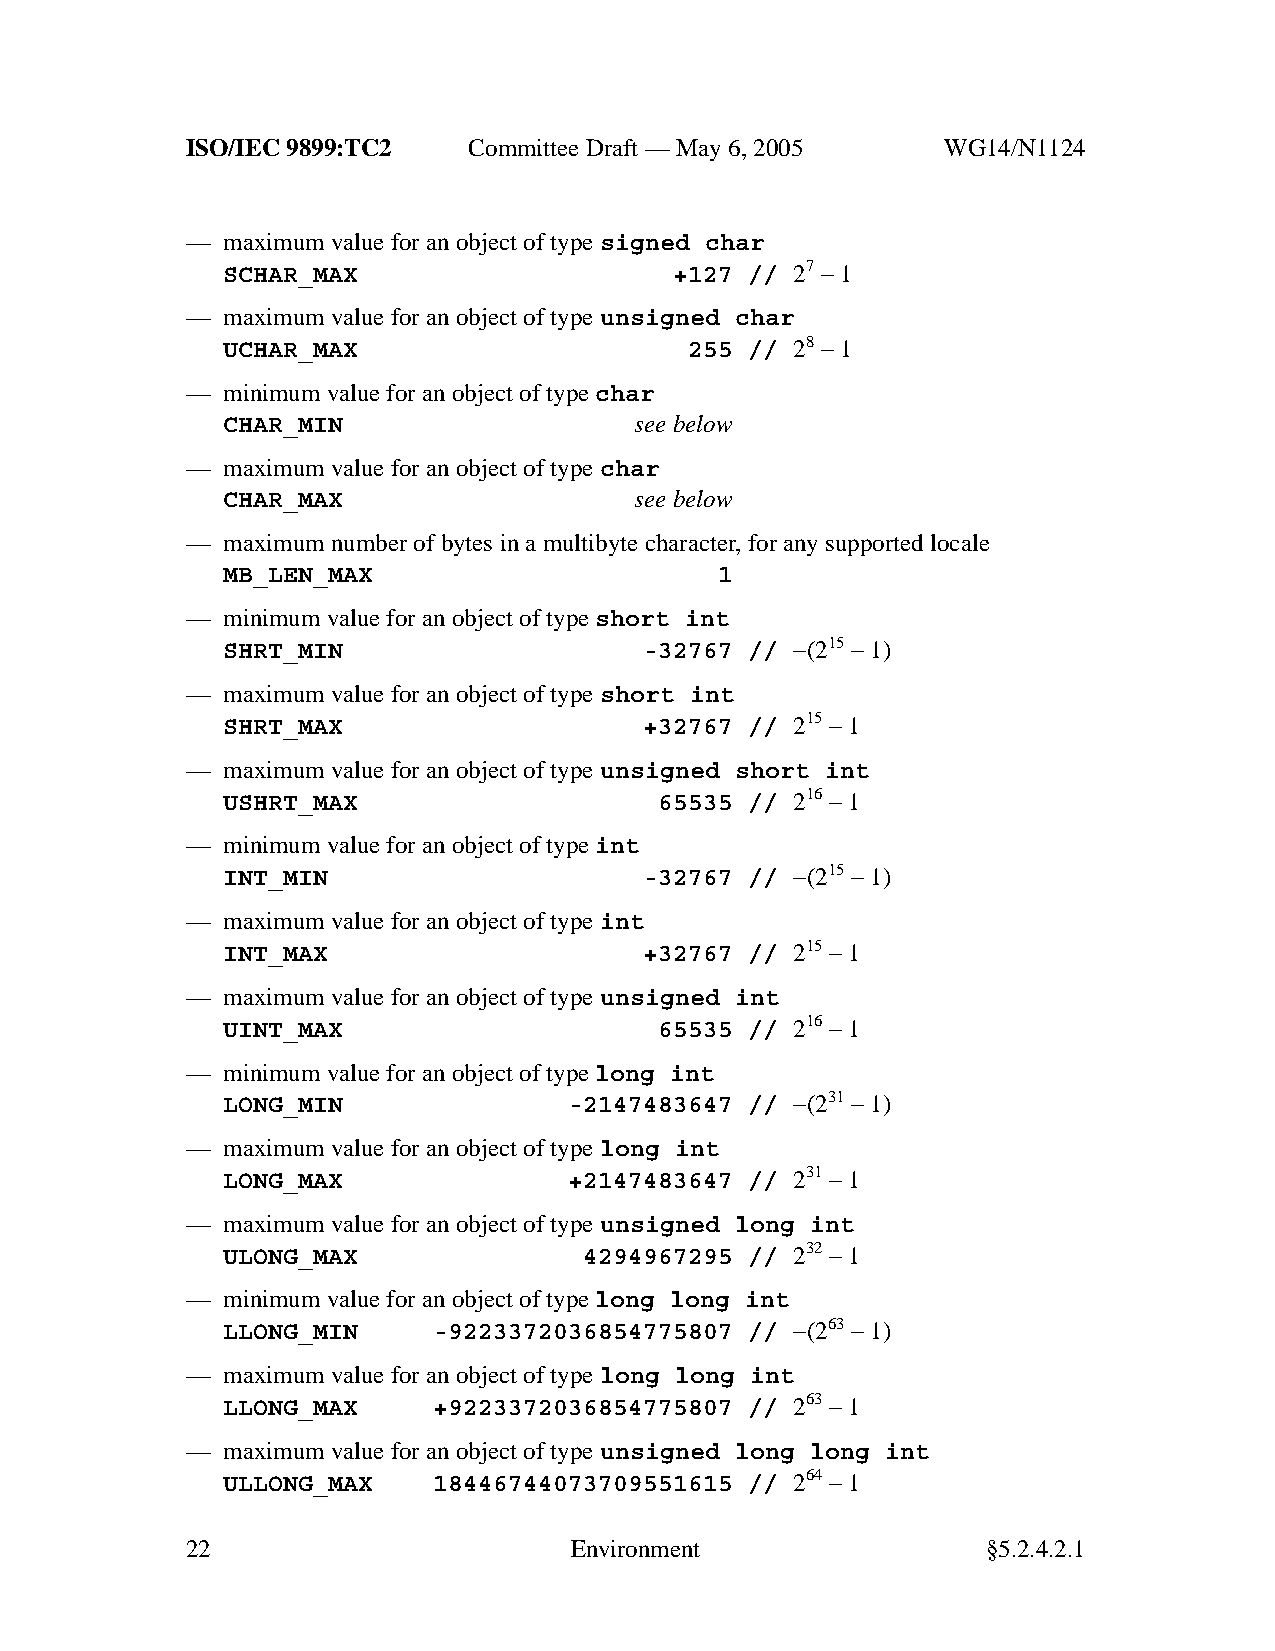
ISO/IEC 9899:TC2   Committee Draft — May 6, 2005   WG14/N1124
 —  maximum value for an object of typesigned char
 SCHAR_MAX                     +127 // 27 −1
 —  maximum value for an object of typeunsigned char
 UCHAR_MAX                      255 // 28 −1
 —  minimum value for an object of typechar
 CHAR_MIN                   see below
 —  maximum value for an object of typechar
 CHAR_MAX                   see below
 —  maximum number of bytes in a multibyte character,for anysupported locale
 MB_LEN_MAX                       1
 —  minimum value for an object of typeshort int
 SHRT_MIN                    -32767 // −(215 −1)
 —  maximum value for an object of typeshort int
 SHRT_MAX                    +32767 // 215 −1
 —  maximum value for an object of typeunsigned short int
 USHRT_MAX                    65535 // 216 −1
 —  minimum value for an object of typeint
 INT_MIN                     -32767 // −(215 −1)
 —  maximum value for an object of typeint
 INT_MAX                     +32767 // 215 −1
 —  maximum value for an object of typeunsigned int
 UINT_MAX                     65535 // 216 −1
 —  minimum value for an object of typelong int
 LONG_MIN               -2147483647 // −(231 −1)
 —  maximum value for an object of typelong int
 LONG_MAX               +2147483647 // 231 −1
 —  maximum value for an object of typeunsigned long int
 ULONG_MAX               4294967295 // 232 −1
 —  minimum value for an object of typelong long int
 LLONG_MIN     -9223372036854775807 // −(263 −1)
 —  maximum value for an object of typelong long int
 LLONG_MAX     +9223372036854775807 // 263 −1
 —  maximum value for an object of typeunsigned long long int
 ULLONG_MAX    18446744073709551615 // 264 −1
 22                        Environment                §5.2.4.2.1